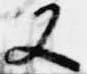
又